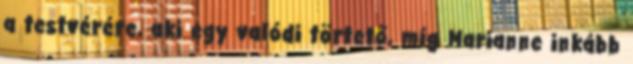
a testvérére, aki egy valódi törtető, míg Marianne inkább